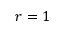
r = 1